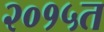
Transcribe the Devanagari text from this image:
२०१५त